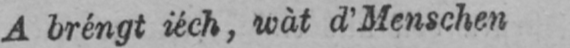
A bréngt iéch, wàt d’Menschen